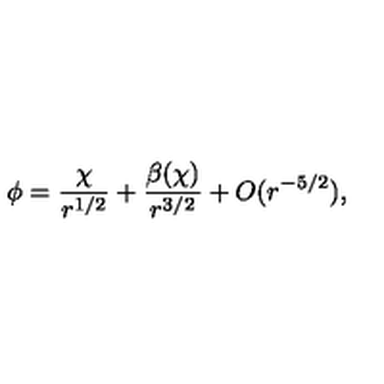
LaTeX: \phi = \frac { \chi } { r ^ { 1 / 2 } } + \frac { \beta ( \chi ) } { r ^ { 3 / 2 } } + O ( r ^ { - 5 / 2 } ) ,